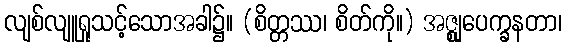
လျစ်လျူရှုသင့်သောအခါ၌။ (စိတ္တဿ၊ စိတ်ကို။) အဇ္ဈုပေက္ခနတာ၊